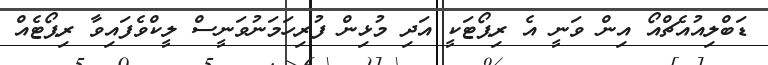
ޑަބްލިއުއެޗްއޯ އިން ވަނީ އެ ރިޕޯޓަކީ އަދި މުޅިން ފުރިހަމަނުވަނީސް ލީކްވެފައިވާ ރިޕޯޓެއް